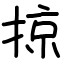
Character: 掠